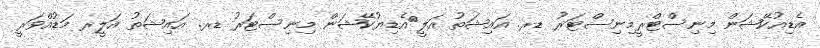
އެޑިއުކޭޝަން މިނިސްޓްރީމިނިސްޓަރު ޑރ. އައިޝަތު އަލީ	އެޑިޔުކޭޝަން މިނިސްޓަރު ޑރ. އައިޝަތު އަލީރ މަޑުއްވަރީ